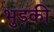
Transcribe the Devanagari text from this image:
भुडकी